Problem: 9 + 44 = ?
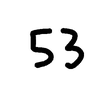
Handwritten answer: 53